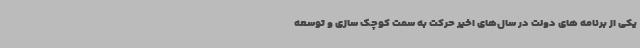
یکی از برنامه های دولت در سال‌های اخیر حرکت به سمت کوچک سازی و توسعه